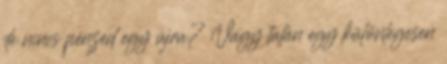
de nincs pénzed egy újra? Vagy talán egy különlegesen